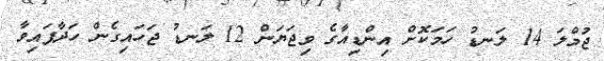
ޖުމްލަ 14 ލަނޑު ހަމަކޮށް އިންޑިއާގެ ވިޖަޔަން 12 ލަނޑު ޖަހައިގެން ހަދާފައިވާ